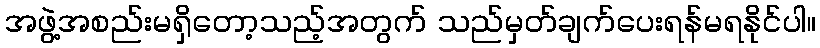
အဖွဲ့အစည်းမရှိတော့သည့်အတွက် သည်မှတ်ချက်ပေးရန်မရနိုင်ပါ။